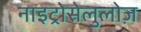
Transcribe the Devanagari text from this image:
नाइट्रोसेलुलोज़